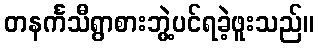
တနင်္ကသီရွာစားဘွဲ့ပင်ရခဲ့ဖူးသည်။